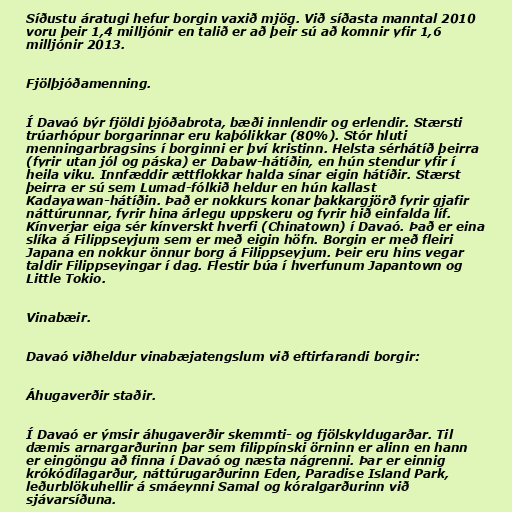
Síðustu áratugi hefur borgin vaxið mjög. Við síðasta manntal 2010
voru þeir 1,4 milljónir en talið er að þeir sú að komnir yfir 1,6
milljónir 2013.

Fjölþjóðamenning.

Í Davaó býr fjöldi þjóðabrota, bæði innlendir og erlendir. Stærsti
trúarhópur borgarinnar eru kaþólikkar (80%). Stór hluti
menningarbragsins í borginni er því kristinn. Helsta sérhátíð þeirra
(fyrir utan jól og páska) er Dabaw-hátíðin, en hún stendur yfir í
heila viku. Innfæddir ættflokkar halda sínar eigin hátíðir. Stærst
þeirra er sú sem Lumad-fólkið heldur en hún kallast
Kadayawan-hátíðin. Það er nokkurs konar þakkargjörð fyrir gjafir
náttúrunnar, fyrir hina árlegu uppskeru og fyrir hið einfalda líf.
Kínverjar eiga sér kínverskt hverfi (Chinatown) í Davaó. Það er eina
slíka á Filippseyjum sem er með eigin höfn. Borgin er með fleiri
Japana en nokkur önnur borg á Filippseyjum. Þeir eru hins vegar
taldir Filippseyingar í dag. Flestir búa í hverfunum Japantown og
Little Tokio.

Vinabæir.

Davaó viðheldur vinabæjatengslum við eftirfarandi borgir:

Áhugaverðir staðir.

Í Davaó er ýmsir áhugaverðir skemmti- og fjölskyldugarðar. Til
dæmis arnargarðurinn þar sem filippínski örninn er alinn en hann
er eingöngu að finna í Davaó og næsta nágrenni. Þar er einnig
krókódílagarður, náttúrugarðurinn Eden, Paradise Island Park,
leðurblökuhellir á smáeynni Samal og kóralgarðurinn við
sjávarsíðuna.